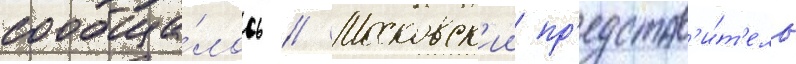
сообща́лось // Московск'ии пр'едстав'и́т'ель